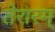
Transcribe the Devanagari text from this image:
तेरारम्‌